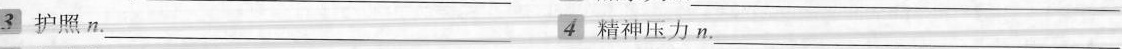
3护照n.___ 4精神压力n.___